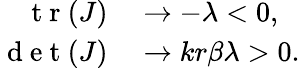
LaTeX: \begin{array}{rl}{\mathrm{~t~r~}(J)}&{{}\to-\lambda<0,}\\ {\mathrm{~d~e~t~}(J)}&{{}\to kr\beta\lambda>0.}\end{array}